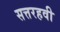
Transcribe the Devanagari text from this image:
सत्तरहवी